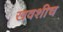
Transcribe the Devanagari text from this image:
खवशीच